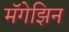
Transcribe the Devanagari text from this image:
मॅगेझिन